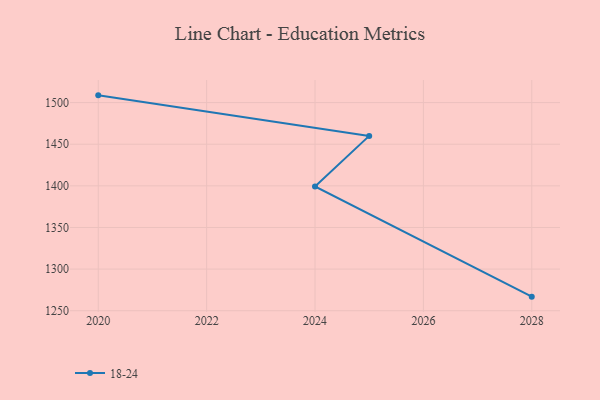
{"axis": {"x": "Year", "y": "Headcount"}, "legend": ["18-24"], "data": [{"x": "2020", "y": 1508.7, "type": "18-24"}, {"x": "2025", "y": 1460.0, "type": "18-24"}, {"x": "2024", "y": 1399.2, "type": "18-24"}, {"x": "2028", "y": 1266.9, "type": "18-24"}]}